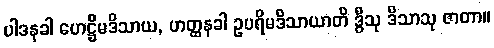
ပါဒနခါ ဟေဋ္ဌိမဒိသာယ, ဟတ္ထနခါ ဥပရိမဒိသာယာတိ ဒွီသု ဒိသာသု ဇာတာ။